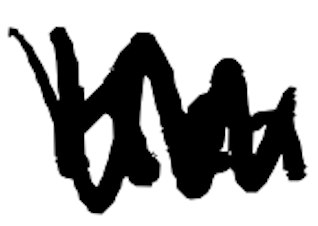
Text: Ken
Cross-out: zig-zag
Writing tool: digital_black